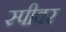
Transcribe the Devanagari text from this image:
स्पीवर